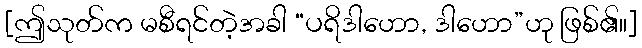
[ဤသုတ်က မစီရင်တဲ့အခါ “ပရိဒါဟော, ဒါဟော”ဟု ဖြစ်၏။]